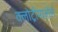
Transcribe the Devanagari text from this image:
क्लोट्रीमाज़ोले